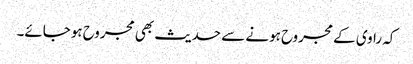
کہ راوی کے مجروح ہونے سے حدیث بھی مجروح ہوجائے۔